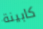
كابينة